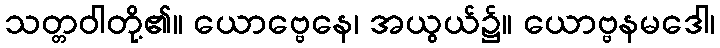
သတ္တဝါတို့၏။ ယောဗ္ဗေနေ၊ အယွယ်၌။ ယောဗ္ဗနမဒေါ၊